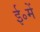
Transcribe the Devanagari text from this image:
ई॰में